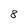
Character: 8